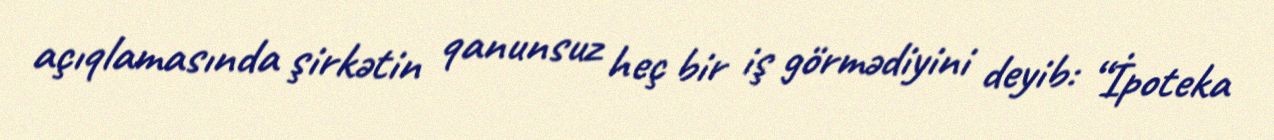
açıqlamasında şirkətin qanunsuz heç bir iş görmədiyini deyib: “İpoteka